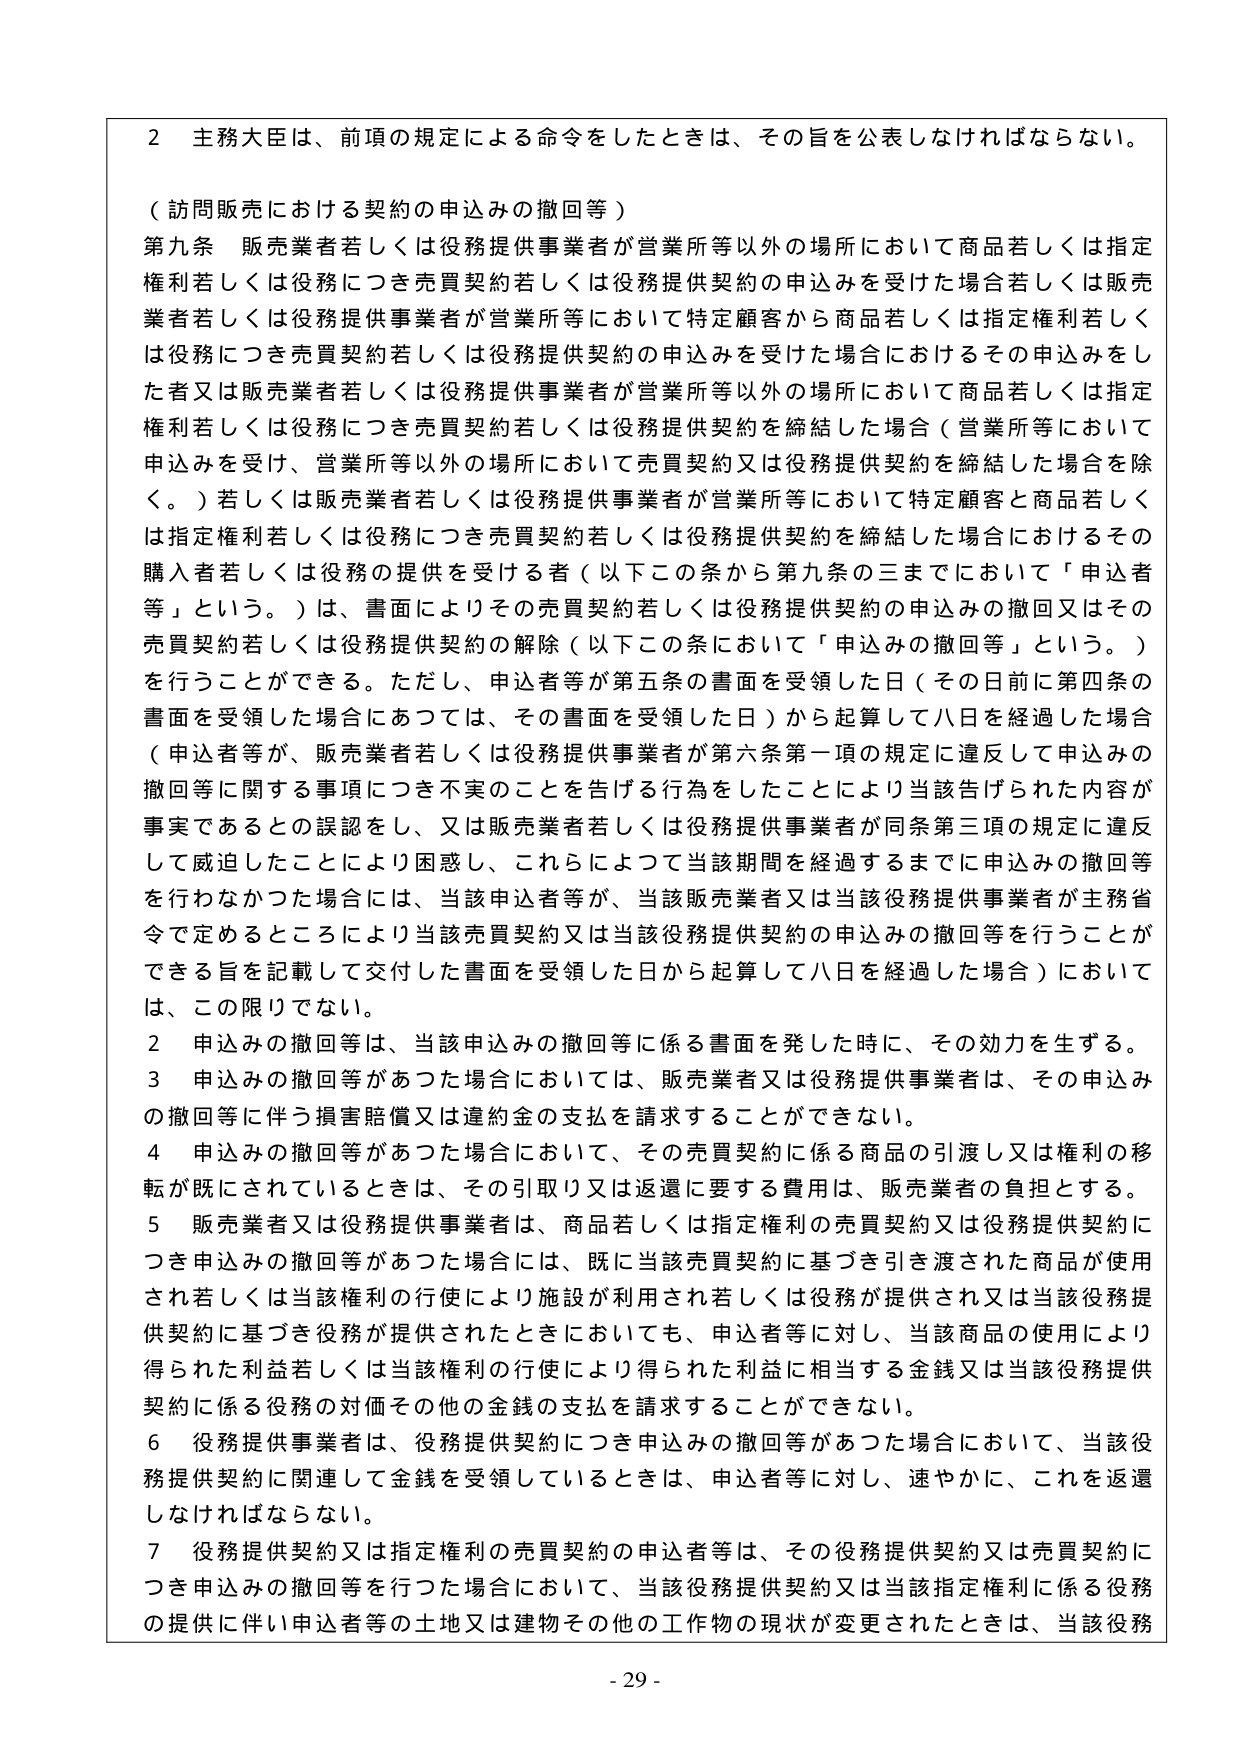
2 主務大臣は、前項の規定による命令をしたときは、その旨を公表しなければならない。

（訪問販売における契約の申込みの撤回等）

第九条 販売業者若しくは役務提供事業者が営業所等以外の場所において商品若しくは指定
権利若しくは役務につき売買契約若しくは役務提供契約の申込みを受けた場合若しくは販売
業者若しくは役務提供事業者が営業所等において特定顧客から商品若しくは指定権利若しく
は役務につき売買契約若しくは役務提供契約の申込みを受けた場合におけるその申込みをし
た者又は販売業者若しくは役務提供事業者が営業所等以外の場所において商品若しくは指定
権利若しくは役務につき売買契約若しくは役務提供契約を締結した場合（営業所等において
申込みを受け、営業所等以外の場所において売買契約又は役務提供契約を締結した場合を除
く。）若しくは販売業者若しくは役務提供事業者が営業所等において特定顧客と商品若しく
は指定権利若しくは役務につき売買契約若しくは役務提供契約を締結した場合におけるその
購入者若しくは役務の提供を受けた者（以下この条から第九条の三までにおいて「申込者
等」という。）は、書面によりその売買契約若しくは役務提供契約の申込みの撤回又はその
売買契約若しくは役務提供契約の解除（以下この条において「申込みの撤回等」という。）
を行うことができる。ただし、申込者等が第五条の書面を受領した日（その日前に第四条の
書面を受領した場合にあつては、その書面を受領した日）から起算して八日を経過した場合
（申込者等が、販売業者若しくは役務提供事業者が第六条第一項の規定に違反して申込みの
撤回等に関する事項につき不実のことを告げる行為をしたことにより当該告げられた内容が
事実であるとの誤認をし、又は販売業者若しくは役務提供事業者が同条第三項の規定に違反
して威迫したことにより困惑し、これらによつて当該期間を経過するまでに申込みの撤回等
を行わなかつた場合には、当該申込者等が、当該販売業者又は当該役務提供事業者が主務省
令で定めるところにより当該売買契約又は当該役務提供契約の申込みの撤回等を行うことが
できる旨を記載して交付した書面を受領した日から起算して八日を経過した場合）において
は、この限りでない。

2 申込みの撤回等は、当該申込みの撤回等に係る書面を発した時に、その効力を生ずる。

3 申込みの撤回等があつた場合においては、販売業者又は役務提供事業者は、その申込み
の撤回等に伴う損害賠償又は違約金の支払を請求することができない。

4 申込みの撤回等があつた場合において、その売買契約に係る商品の引渡し又は権利の移
転が既にされているときは、その引取り又は返還に要する費用は、販売業者の負担とする。

5 販売業者又は役務提供事業者は、商品若しくは指定権利の売買契約又は役務提供契約に
つき申込みの撤回等があつた場合には、既に当該売買契約に基づき引き渡された商品が使用
され若しくは当該権利の行使により施設が利用され若しくは役務が提供され又は当該役務提
供契約に基づき役務が提供されたときにおいても、申込者等に対し、当該商品の使用により
得られた利益若しくは当該権利の行使により得られた利益に相当する金銭又は当該役務提供
契約に係る役務の対価その他の金銭の支払を請求することができない。

6 役務提供事業者は、役務提供契約につき申込みの撤回等があつた場合において、当該役
務提供契約に関連して金銭を受領しているときは、申込者等に対し、速やかに、これを返還
しなければならない。

7 役務提供契約又は指定権利の売買契約の申込者等は、その役務提供契約又は売買契約に
つき申込みの撤回等を行つた場合において、当該役務提供契約又は当該指定権利に係る役務
の提供に伴い申込者等の土地又は建物その他の工作物の現状が変更されたときは、当該役務

- 29 -